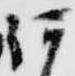
何